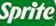
Sprite